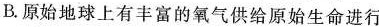
B.原始地球上有丰富的氧气供给原始生命进行